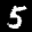
Label: 5